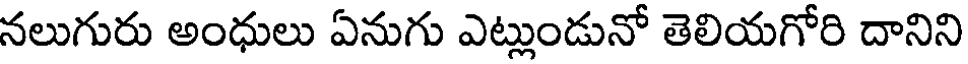
నలుగురు అంధులు ఏనుగు ఎట్లుండునో తెలియగోరి దానిని